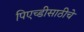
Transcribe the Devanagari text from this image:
पिएच्डीसाठीचे